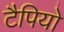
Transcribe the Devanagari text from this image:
टैपियो